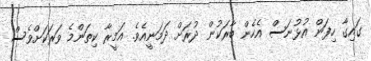
ގައިގާ ހިފަން އުޅުނަސް އެހެން ބާރަކުން ދުރަށް ދަމަނީއެވެ. އަމީރާ ކިތަންމެ ވަރަކަށްވެސް